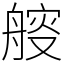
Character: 䑹